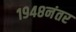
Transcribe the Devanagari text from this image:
१९४८नंतर